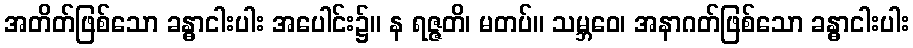
အတိတ်ဖြစ်သော ခန္ဓာငါးပါး အပေါင်း၌။ န ရဇ္ဇတိ၊ မတပ်။ သမ္ဘဝေ၊ အနာဂတ်ဖြစ်သော ခန္ဓာငါးပါး